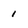
Character: 1